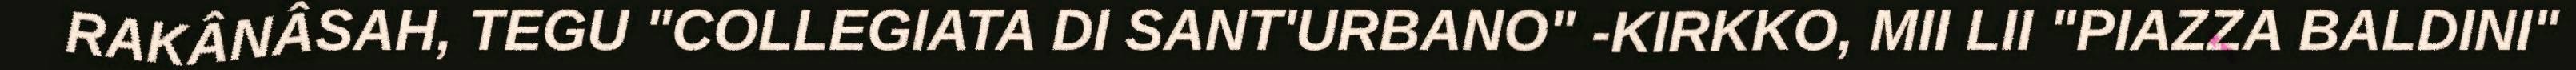
RAKÂNÂSAH, TEGU "COLLEGIATA DI SANT'URBANO" -KIRKKO, MII LII "PIAZZA BALDINI"